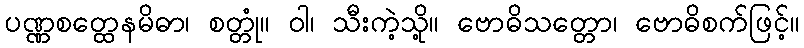
ပဏ္ဏစတ္ထေနမိဓာ၊ စတ္တုံ။ ဝါ၊ သီးကဲ့သို့။ ဗောဓိသတ္တော၊ ဗောဓိစက်ဖြင့်။